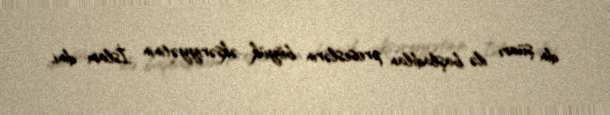
din şüarı ilə başladılan proseslərin böyük əksəriyyətinin İslam dini,